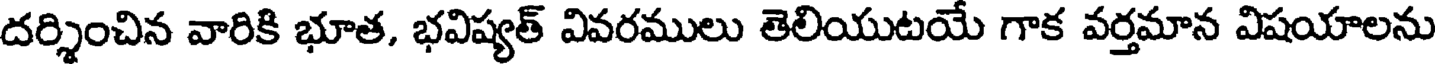
దర్శించిన వారికి భూత, భవిష్యత్ వివరములు తెలియుటయే గాక వర్తమాన విషయాలను